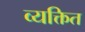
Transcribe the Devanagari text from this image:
व्यक्तित